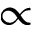
\propto